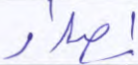
إصدار